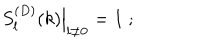
\left. S _ { l } ^ { ( D ) } ( k ) \right| _ { l \neq 0 } = 1 \; ;